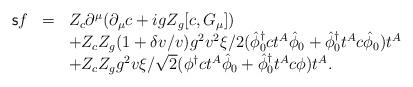
LaTeX: \begin{align*}\begin{array}{rcl}{\sf s}f&=&Z_c\partial^{\mu}(\partial_{\mu}c+igZ_g[c,G_{\mu}])\\&&+Z_cZ_g(1+\delta v/v)g^2v^2\xi/2(\hat{\phi}_0^{\dagger}ct^A\hat{\phi}_0+\hat{\phi}_0^{\dagger}t^Ac\hat{\phi}_0)t^A \\&&+Z_cZ_gg^2v\xi/\sqrt{2}(\phi^{\dagger}ct^A\hat{\phi}_0+\hat{\phi}_0^{\dagger}t^Ac\phi)t^A.\end{array}\end{align*}